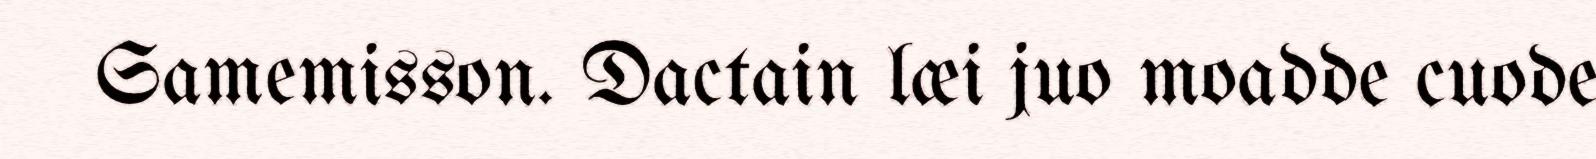
Samemisson. Dactain læi juo moadde cuode